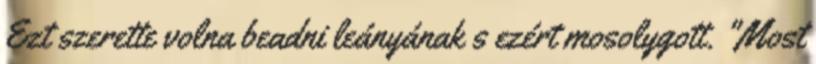
Ezt szerette volna beadni leányának s ezért mosolygott. "Most